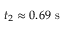
t _ { 2 } \approx 0 . 6 9 \mathrm { ~ s ~ }